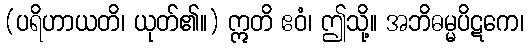
(ပရိဟာယတိ၊ ယုတ်၏။) ဣတိ ဧဝံ၊ ဤသို့။ အဘိဓမ္မပိဋကေ၊